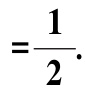
$=\frac{1}{2}.$